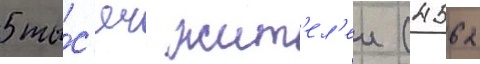
5 ты́с'яч жит'ел'еи (4562